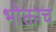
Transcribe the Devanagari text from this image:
भोक्ताच